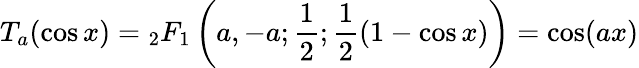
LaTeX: T_{a}(\cos x)={}_{2}F_{1}\left(a,-a;{\frac{1}{2}};{\frac{1}{2}}(1-\cos x)\right)=\cos(ax)